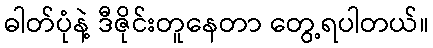
ဓါတ်ပုံနဲ့ ဒီဇိုင်းတူနေတာ တွေ့ရပါတယ်။